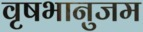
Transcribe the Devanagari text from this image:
वृषभानुजम